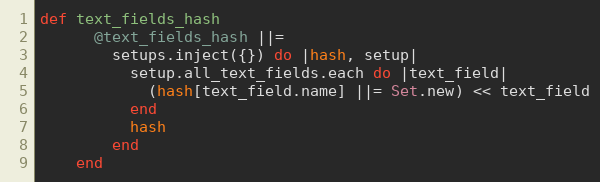
Language: Ruby
def text_fields_hash
      @text_fields_hash ||=
        setups.inject({}) do |hash, setup|
          setup.all_text_fields.each do |text_field|
            (hash[text_field.name] ||= Set.new) << text_field
          end
          hash
        end
    end